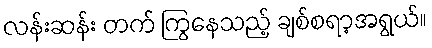
လန်းဆန်း တက် ကြွနေသည့် ချစ်စရာ့အရွယ်။